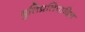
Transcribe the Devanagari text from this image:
श्रुतिप्रतिपादित